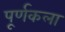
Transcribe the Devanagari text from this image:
पूर्णकला